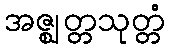
အဇ္ဈတ္တသုတ္တံ